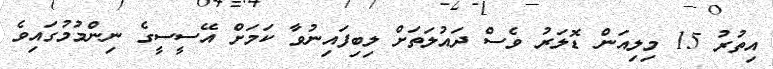
އިތުރު 15 މިލިއަން ޑޮލަރު ވެސް ދައުލަތަށް ލިބިފައިނުވާ ކަމަށް އޭސީސީގެ ނިންމުމުގައިވެ